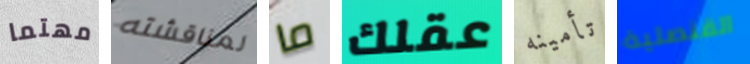
مهتما لمناقشته ما عقلك تأمينه القنصلية